system: You are a helpful assistant.
user:
Analyze the provided spectrum to determine if it is a **White Dwarf (WD)**.

A White Dwarf spectrum is defined by its **extreme purity** (due to gravitational settling) and/or **extreme pressure broadening** (due to high surface gravity). You must check for one of the following mutually exclusive signatures:

- **Key Visual Indicators (Check for ONE of these types):**

    - **1. DA-Type Signature (Most Common):**
        - **(Primary Feature):** Extreme pressure broadening (Stark broadening) of the **Hydrogen (H) Balmer lines**.
        - **(Key Lines):** $H\beta$ (approx. $4861$ Å) and $H\gamma$ (approx. $4340$ Å). $H\alpha$ (approx. $6563$ Å) will also be present if the wavelength range covers it.
        - **(Line Profile):** This is the **defining feature**. The lines are **NOT** sharp. They appear as massive, **extremely broad and deep "troughs" or "dips"** in the spectrum, often hundreds of Ångströms wide. The continuum will appear to "scoop" down at these wavelengths.
        - **(Distinction):** Normal A-type or B-type stars have *narrow* and *sharp* Hydrogen lines. A DA White Dwarf's lines are unmistakably "smeared" or "blurry" from pressure.

    - **2. DB-Type Signature:**
        - **(Primary Feature):** Broad absorption lines from **Neutral Helium (He I)**. The spectrum must lack any visible Hydrogen lines.
        - **(Key Lines):** Look for broad absorption near $4471$ Å, $4921$ Å, and $5876$ Å.
        - **(Line Profile):** These lines are also significantly pressure-broadened, appearing much wider than they would in a normal B-type main-sequence star.

    - **3. DC-Type Signature:**
        - **(Primary Feature):** A **featureless continuous spectrum**.
        - **(Line Profile):** The spectrum is a smooth curve with **no significant absorption or emission lines**.
        - **(Key Confirmation):** The continuum is almost always **blue or white**, indicating a hot object. This signature implies the atmosphere is so pure (or so cool) that no spectral lines are visible in the optical range. Its WD identity is confirmed by its extremely low intrinsic brightness (high absolute magnitude).

    - **4. DZ-Type Signature (Metal-Polluted):**
        - **(Primary Feature):** **Isolated, narrow metal absorption lines** on an otherwise featureless (DC-like) continuum.
        - **(Key Lines):** The **Calcium (Ca II) H & K doublet** (approx. **$3934$ Å** and **$3968$ Å**) is the most common and defining feature.
        - **(Line Profile):** These lines are "out of place." They are *not* part of a "forest" of thousands of lines. This signature is evidence of recent *accretion* (pollution) from rocky debris.
        - **(Distinction):** Normal G/K/M stars have a *dense forest* of thousands of metal lines. A DZ has a *clean* continuum with *only a few* strong metal lines.

    - **5. DQ-Type Signature (Carbon-Polluted):**
        - **(Primary Feature):** Absorption bands from **Carbon (C₂ "Swan Bands" or atomic C I)**.
        - **(Key Lines - C₂):** Look for bandheads with a "saw-tooth" shape near $5635$ Å, **$5165$ Å** (strongest), and $4737$ Å.
        - **(Key Confirmation):** The underlying **continuum must be blue or white** (hot).
        - **(Distinction):** This is the critical difference from a **Carbon Star**, which has the *exact same* C₂ bands but on an extremely **red, cool** continuum.

- **(Overall Spectrum):**
    - The continuum (overall shape) is typically **blue-sloping** (brighter in the blue than the red), as most white dwarfs are very hot.
    - The spectrum will look "pure" or "simple," dominated by only *one* of the five signatures listed above.

Think first, call **spectral_visualization_tool** if needed to examine features in detail, then provide your final answer. Your response must adhere to the following strict rules:
1.  **Overall Structure:** Your response must follow the format `<think>...</think> <tool_call>...</tool_call> (if a tool is used) <answer>...</answer>`.
2.  **Tool Usage Constraint:** You may only make **one** tool call per turn.
3.  **Final Answer Format:** In the `<answer>` tag, your conclusion must be inside a `\boxed{}` command (e.g., `\boxed{YES}` or `\boxed{NO}`), followed by your justification.

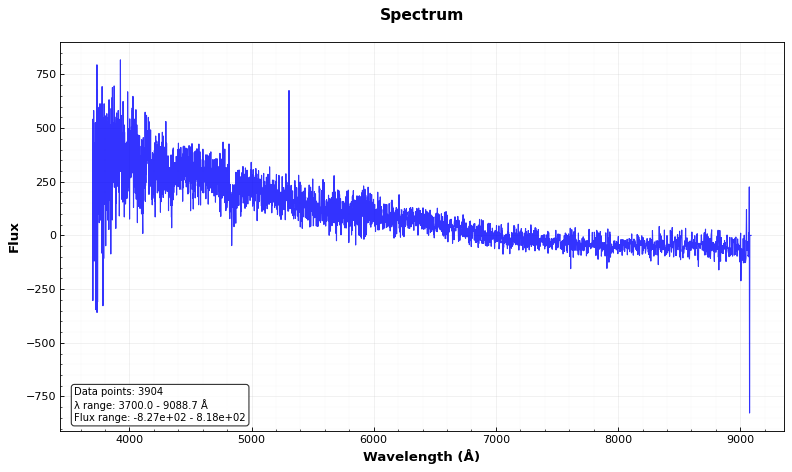
Answer: YES